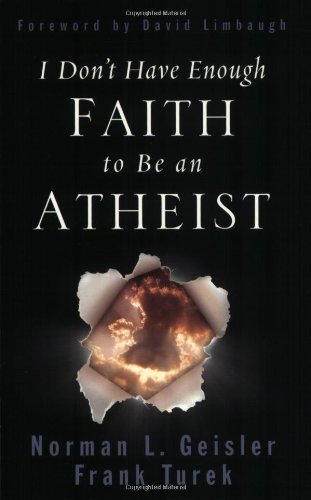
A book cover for I Don't Have Enough Faith to Be an Atheist; Norman L. Geisler; Christian Books & Bibles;